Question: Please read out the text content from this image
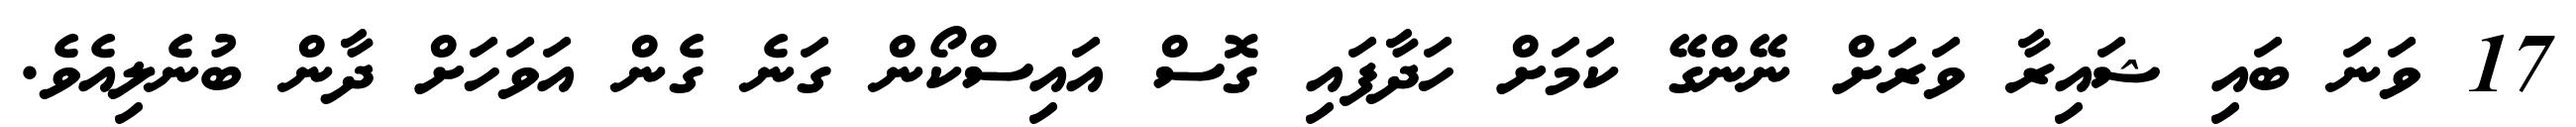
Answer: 17 ވަނަ ބައި ޝައިރާ ވަރަށް ނޭންގޭ ކަމަށް ހަދާފައި ގޮސް އައިސްކޯން ގަނެ ގެން އަވަހަށް ދާން ބުނެލިއެވެ.